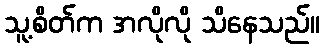
သူ့စိတ်က အလိုလို သိနေသည်။